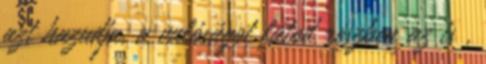
azt hazudja, a valóságot látod részben az is ,